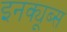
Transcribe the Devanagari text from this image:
इनक्यूब्स